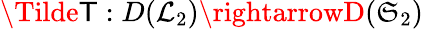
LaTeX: \Tilde{\mathsf{T}}:D(\mathcal{{L}}_{2})\rightarrowD(\mathfrak{{S}}_{2})